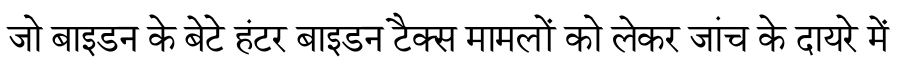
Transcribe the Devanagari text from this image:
जो बाइडन के बेटे हंटर बाइडन टैक्स मामलों को लेकर जांच के दायरे में